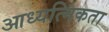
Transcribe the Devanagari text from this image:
आध्यत्मिकता